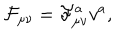
\mathcal { F } _ { \mu \nu } = \mathcal { F } _ { \mu \nu } ^ { a } v ^ { a } ,